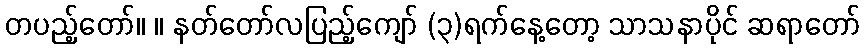
တပည့်တော်။ ။ နတ်တော်လပြည့်ကျော် (၃)ရက်နေ့တော့ သာသနာပိုင် ဆရာတော်